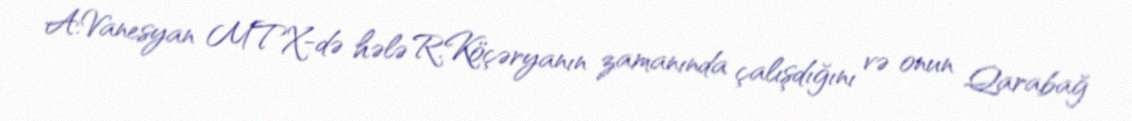
A.Vanesyan MTX-də hələ R.Köçəryanın zamanında çalışdığını və onun Qarabağ